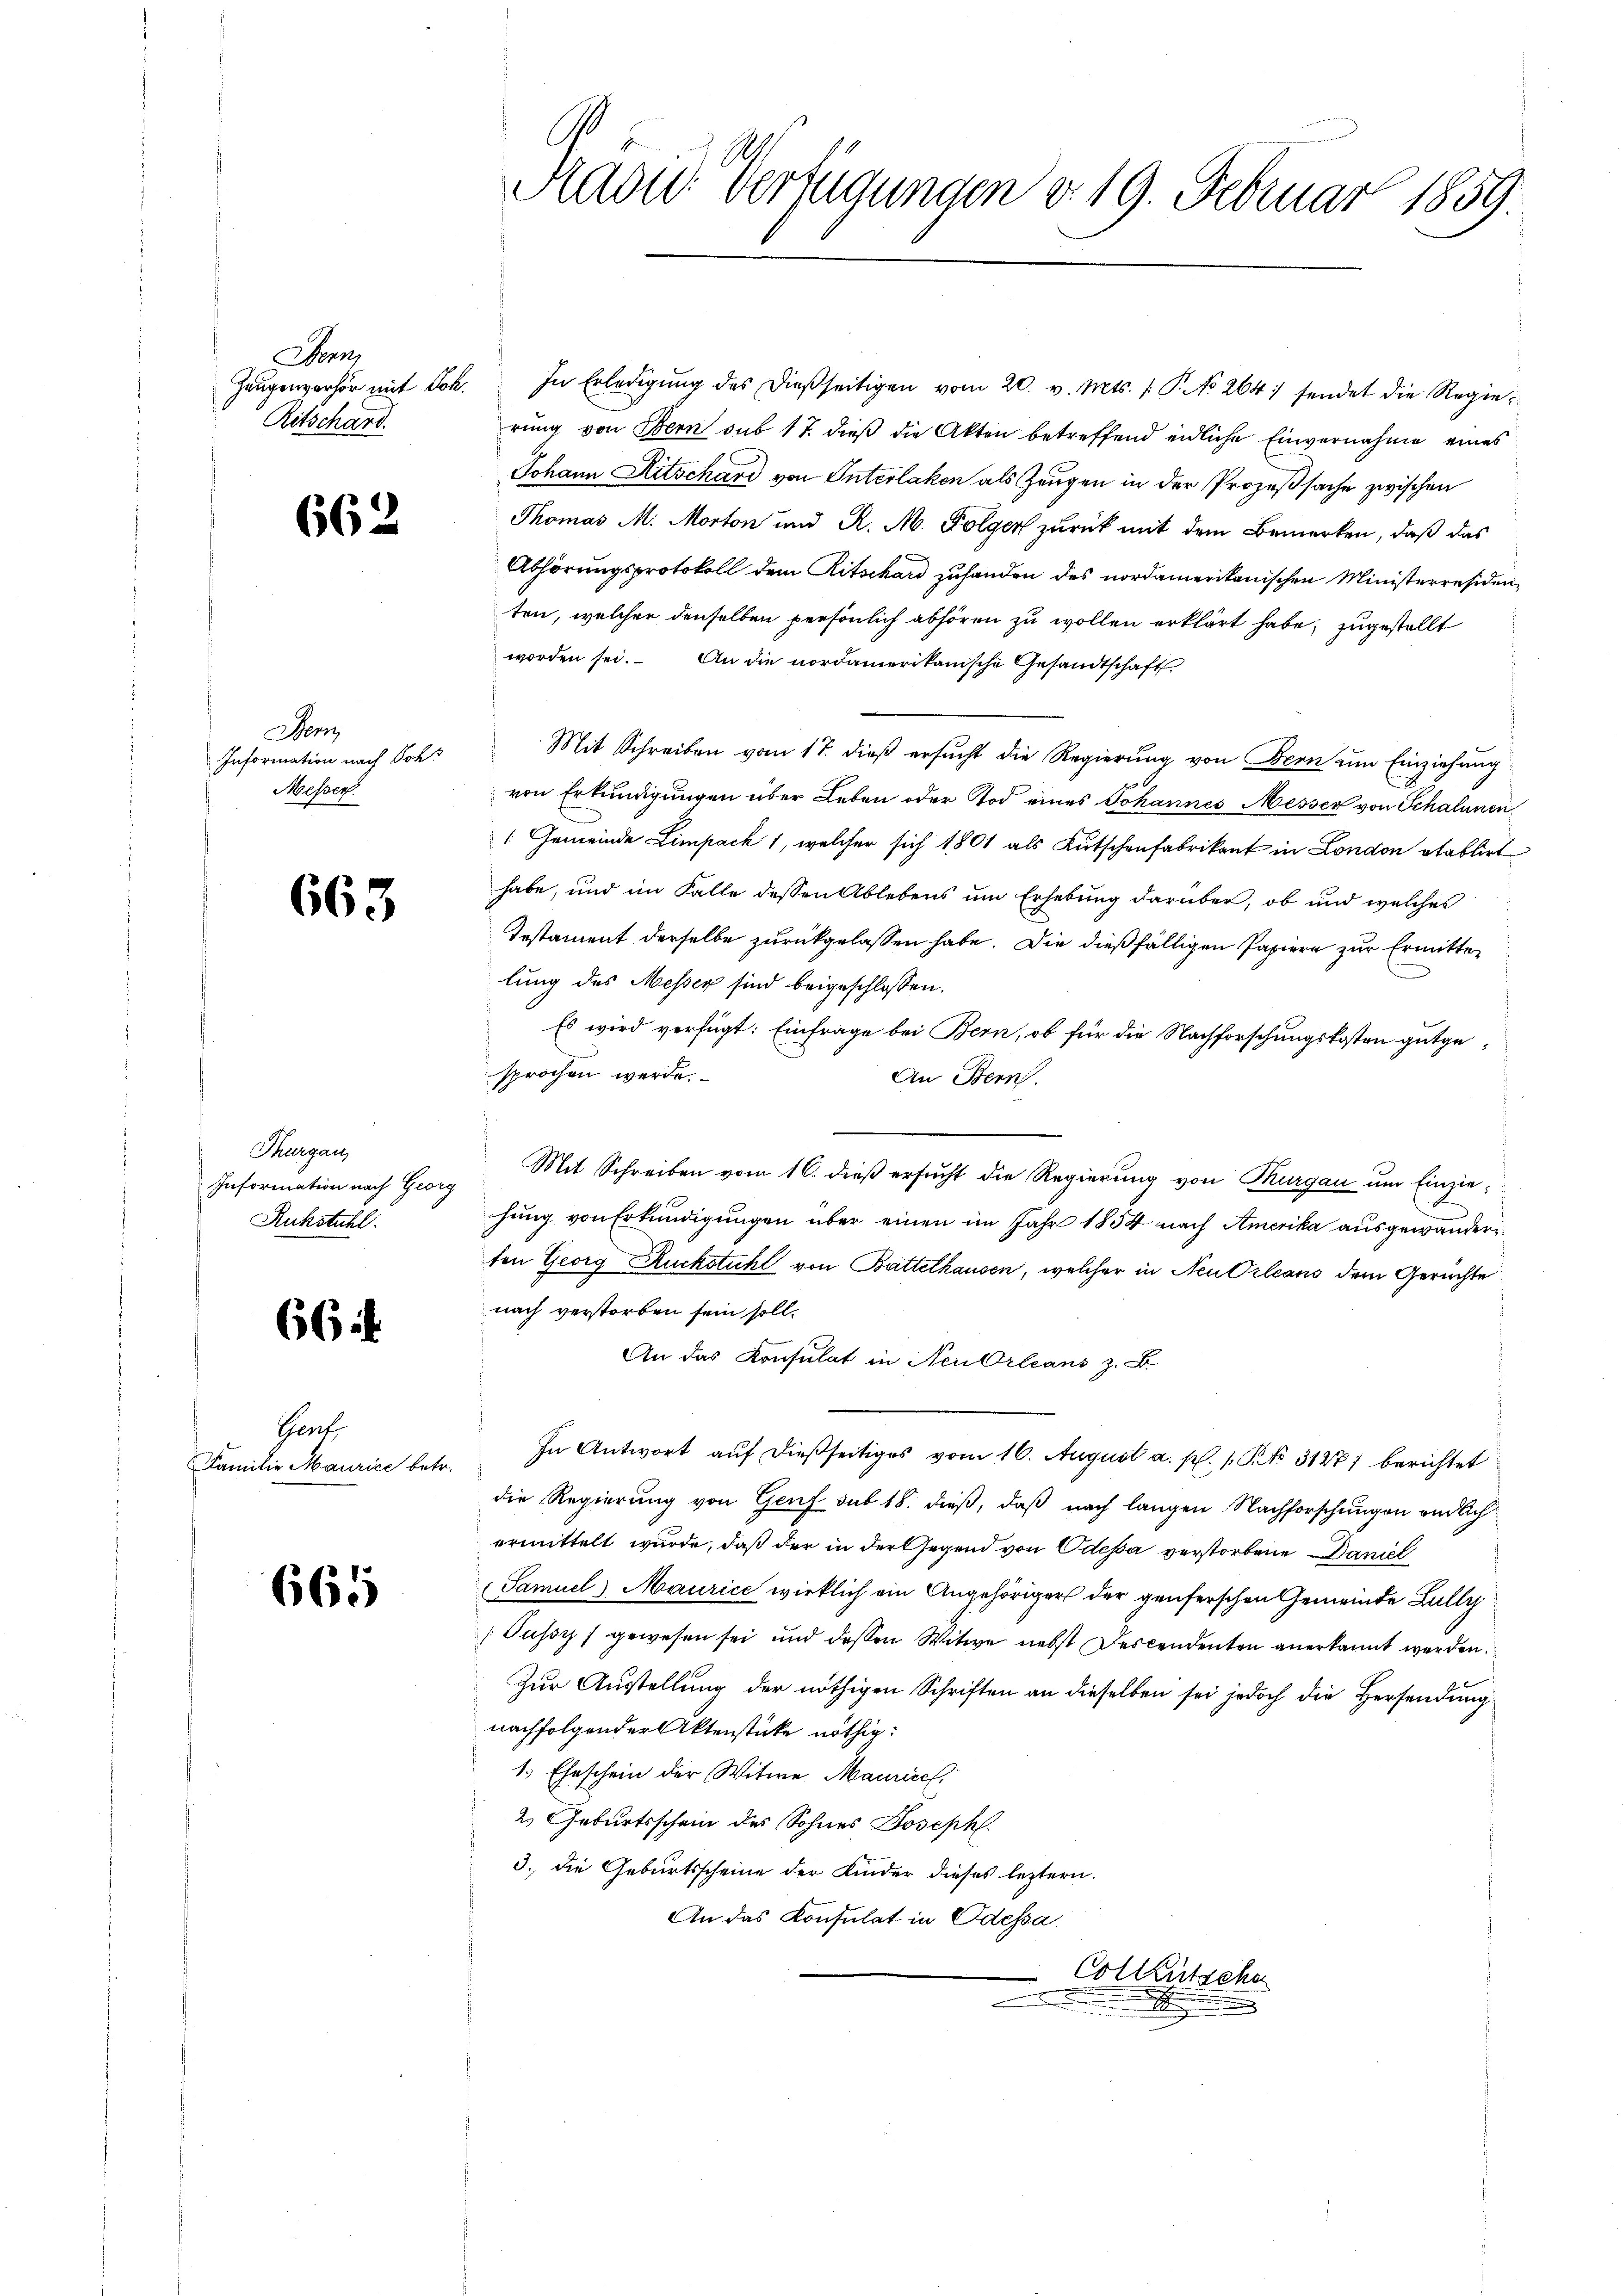
Bern,
Zeugenverhör mit Joh.
Ritschard.

662

Dem
Information nach Soh
Messen.

663

66 i

665

Thurgau,
Rukstuhl.

Genf
Familie Maurice betr.

In Erledigŭng des dießseitigen vom 20. v. Mts. 1. P. No 264) sendet die Regierung von Bern sub 17. dieß die Akten betreffend endliche Einvernahme eines
Johann Ritschard von Interlaken als Zeugen in der Prozeßsache zwischen
Thomas M. Morton und R. M. Folger zurück mit dem Bemerken, daß das
Abhörungsprotokoll dem Ritschard zuhanden des nordamerikanischen Ministerresidenten, welcher denselben persönlich abhören zu wollen erklärt habe, zugestellt
worden sei. An die nordamerikanische Gesandtschaft
Mit Schreiben vom 17. dieß ersucht die Regierung von Bern um Einziehung
von Erkundigungen über Leben oder Tod eines Johannes Messer von Schalenen
1 Gemeinde Limpack 1, welcher sich 1801 als Kutschenfabrikant in London etablirt
habe, und im Falle dessen Ablebens um Erhebung darüber, ob und welches
Testament derselbe zurückgelassen habe. Die dießfälligen Papiere zur Ermittelung des Messer sind beigeschlossen.
Es wird verfügt: Einfrage bei Bern, ob für die Nachforschungskosten gutgesprochen werde.
An Bern.
Information nach Georg Mit Schreiben vom 16. dieβ ersŭcht die Regierung von Thurgau um Einziehung von Erkundigungen über einen im Jahr 1854 nach Amerika ausgewanderten Georg Ruckstuhl von Battelhausen, welcher in Neu Orleans dem Gerüchte
nach verstorben sein soll.
An das Konsulat in Neu Orleans z. B.
In Antwort auf dießseitiges vom 16. August a. p. 1 Pkt. 3127/ berichtet
die Regierung von Genf sub 18. dieß, daß nach langen Nachforschungen endlich
ermittelt wurde, daß der in der Gegend von Odessa verstorbene Daniel
Samuel Maurice wirklich ein Angehörigers der genferschen Gemeinde Bully
Pussy gewesen sei und dessen Witwe nebst Descendenten anerkannt werden.
Zur Ausstellung der nöthigen Schriften an dieselben sei jedoch die Hersendung
nachfolgender Aktenstücke nöthig:
1. Eheschein der Witwe Maurice
2. Geburtsschein des Sohnes Joseph.
3.) Die Geburtsscheine der Kinder dieses leztern.
An das Konsulat in Odessa.
Collentsche

Radu verfügungen d. 19. Februar 1859.